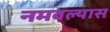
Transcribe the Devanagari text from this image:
नमवल्यास